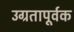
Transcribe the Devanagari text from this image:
उग्रतापूर्वक